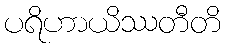
ပရိဟာယိဿတီတိ